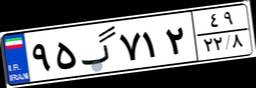
۷۰گ۵۷۴۶۷